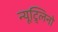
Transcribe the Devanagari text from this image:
न्यूट्र्लिनो